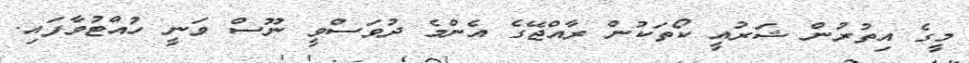
މީގެ އިތުރުން ޝަރުއީ ކޯތަކުން ރާއްޖޭގެ އެންމެ ދުވަސްވީ ނޫސް ވަނީ ހުއްޓުވާފައި.